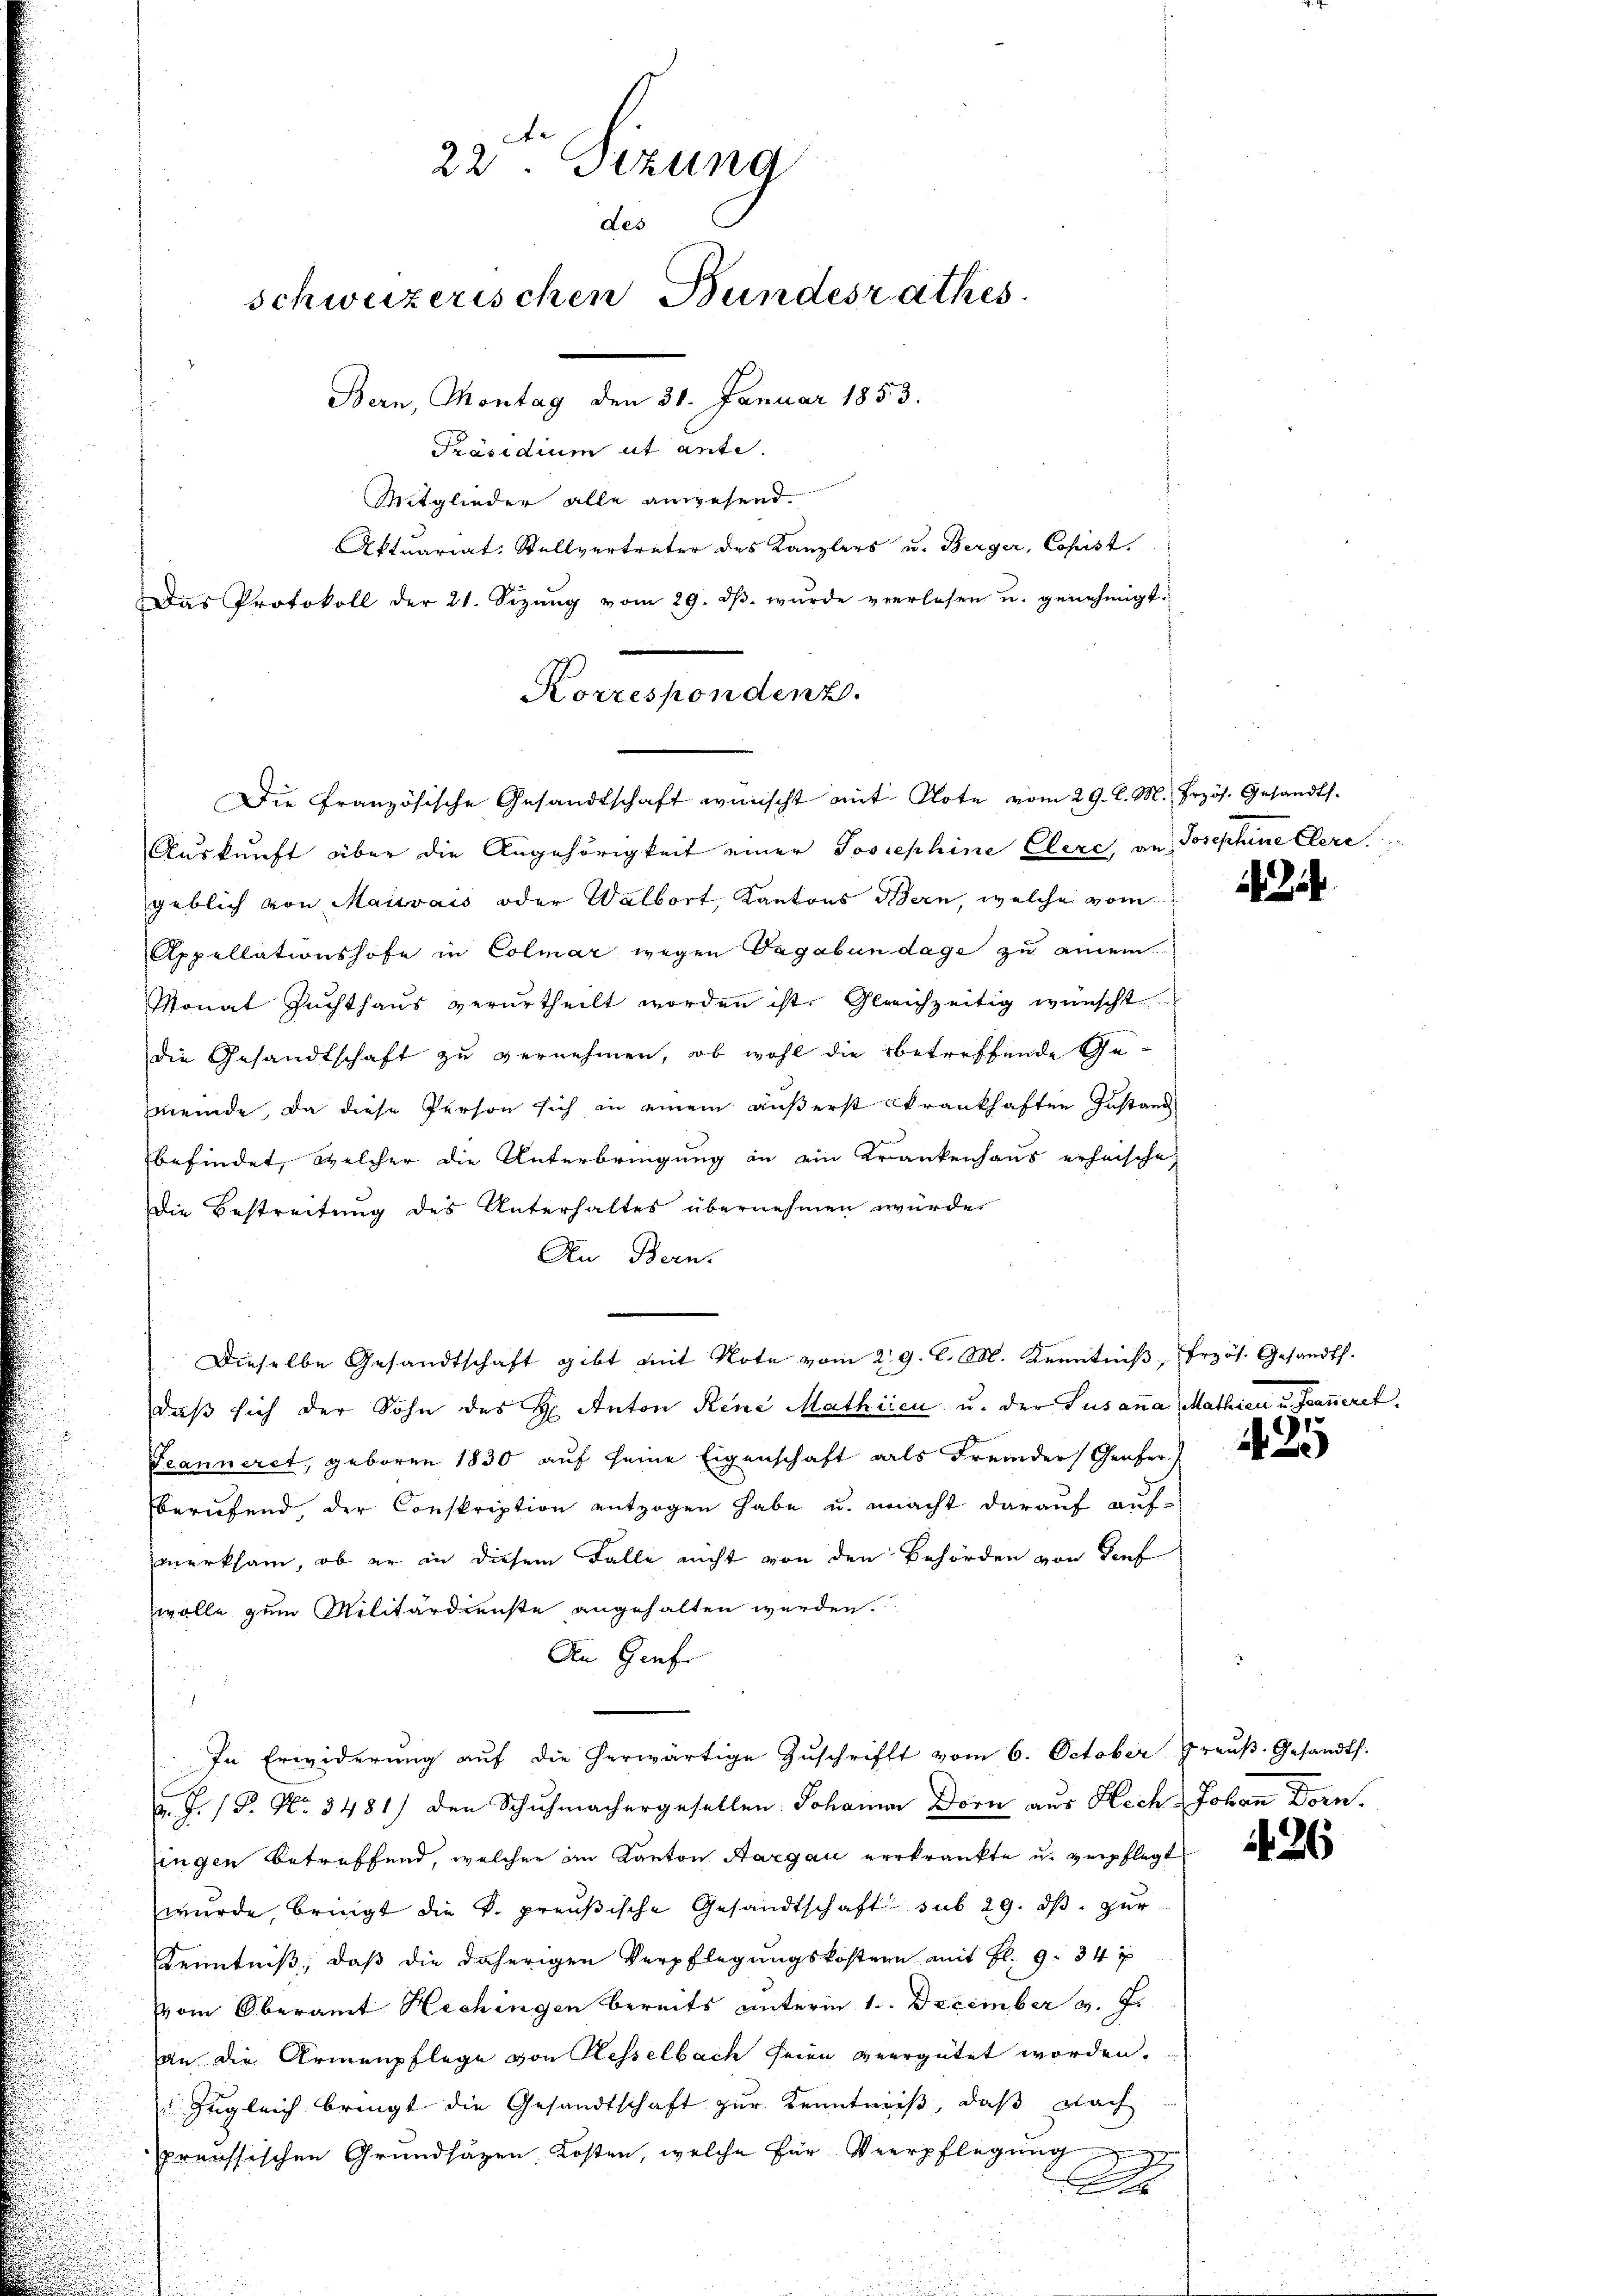
22. Sizung
des
schweizerischen Bundesrathes.
Bern, Montag den 30. Januar 1853.
Präsidium ut ante.
Mitglieder alle anwesend.
Aktuariat. Stellvertreter des Kanzlers u. Berger, Copist.
Das Protokoll der 21. Sizŭng vom 29. dβ. wŭrde verlesen u. genehmigt.

Korrespondenz.
Die Französische Gesandtschaft wünscht mit Note vom 29. l. M. frzös. Gesandts¬

Auskunft über die Angehörigkeit einer Josephine Elere, an Josephine Clere
geblich von Maisvais oder Walbort, Kantons Bern, welche vom
Appellationshofe in Colmar wegen Vagabun dage zu einem
Monat Zŭchthaŭs verurtheilt worden ist. Gleichzeitig wünscht
die Gesandtschaft zu vernehmen, ob wohl die betreffende Gemmeinde, da diese Person sich in einem äußerst krankhaften Instand
befindet, welcher die Unterbringung in ein Krankenhaus erheische
Die Bestreitung des Unterhaltes übernehmen würde.
An Bern.
Dieselbe Gesandtschaft gibt mit Note vom 29. d. M. Kenntniβ, Erzös. Gesandt.
daß sich der Sohn des H: Anton Rene Mathieen u. der Susanna Mathien u. Fraueret,
Feanneret, geboren 1830 auf seine Eigenschaft als Fremder Genfer
berufend, der Conskription entzogen habe u. macht darauf aufmerksam, ob er in diesem Falle nicht von den Behörden von Teuf
wolle zum Militärdienste angehalten werden.
An Genfe
In Erwiderŭng aŭf die herwärtige Zŭschrift vom 6. October Preŭβ- Gesandts.
v. J. P. Nr. 3481) den Schuhmachergesellen Johanne Dorn aus Hech Johan Dorn.
ingen betreffend, welcher in Kanton Aargau verkrankte u. verpflegt
wurde, bringt die k. preußische Gesandtschaft sub 29. ds. zur
Kenntniß, daß die daherigen Verpflegungskostern mit fl. 9. 34 f
vom Oberamt Hechingen bereits unterm 1. December v. J.
an die Armenpflege von Kesselbach seien vergütet worden.
" zugleich bringt die Gesandtschaft zur Kenntniß, daß nach
preussischen Grundsätzen Kosten, welche für Verpflegung
A

2

1

426